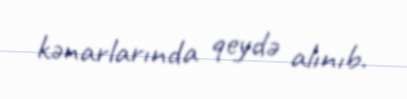
kənarlarında qeydə alınıb.